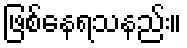
ဖြစ်နေရသနည်း။